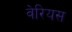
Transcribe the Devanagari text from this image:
वेरियस